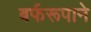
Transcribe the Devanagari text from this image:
बर्फरूपाने